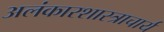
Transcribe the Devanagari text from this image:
अलंकारशास्त्राचार्य